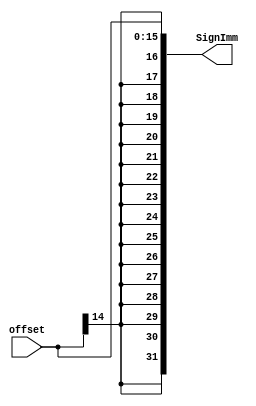
module SignExtend #(
    parameter Sign_Extend_Width = 'd32
) (
    input  wire   [Sign_Extend_Width/2-1:0]    offset,
    output reg    [Sign_Extend_Width-1:0]      SignImm
);

integer i;


always @(*) begin
    SignImm[Sign_Extend_Width/2-1:0] <= offset[Sign_Extend_Width/2-1:0];
        
    for (i = Sign_Extend_Width/2; i<Sign_Extend_Width ; i = i +1  ) begin
        SignImm[i] = offset[Sign_Extend_Width/2-1-1];
    end
    
end
    
endmodule